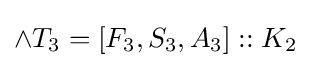
\land T_{3}=[F_{3},S_{3},A_{3}]::K_{2}